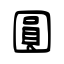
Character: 圓